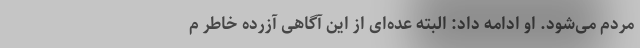
مردم می‌شود. او ادامه داد: البته عده‌ای از این آگاهی آزرده خاطر م